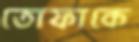
তোফাকে